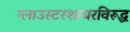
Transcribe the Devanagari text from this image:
ग्लाउस्टरशायरविरूद्ध